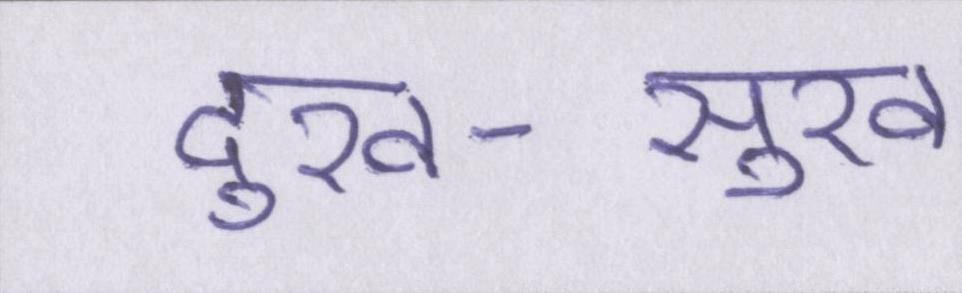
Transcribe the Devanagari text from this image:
दुख-सुख